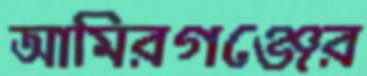
আমিরগঞ্জের